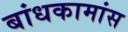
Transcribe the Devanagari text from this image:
बांधकामांस